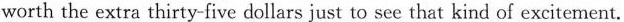
worth the extra thirty-five dollars just to see that kind of excitement.